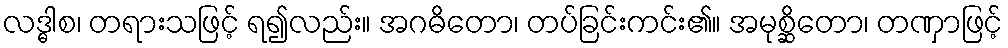
လဒ္ဓါစ၊ တရားသဖြင့် ရ၍လည်း။ အဂဓိတော၊ တပ်ခြင်းကင်း၏။ အမုစ္ဆိတော၊ တဏှာဖြင့်